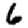
Digit: 6